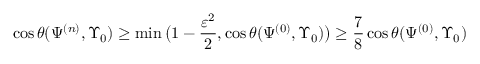
\cos \theta ( \Psi ^ { ( n ) } , \Upsilon _ { 0 } ) \geq \operatorname* { m i n } \big ( 1 - \frac { \varepsilon ^ { 2 } } { 2 } , \cos \theta ( \Psi ^ { ( 0 ) } , \Upsilon _ { 0 } ) \big ) \geq \frac { 7 } { 8 } \cos \theta ( \Psi ^ { ( 0 ) } , \Upsilon _ { 0 } )